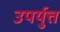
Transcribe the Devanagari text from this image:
उपर्युत्त